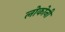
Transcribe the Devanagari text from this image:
लोकोनी